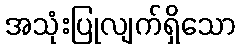
အသုံးပြုလျက်ရှိသော